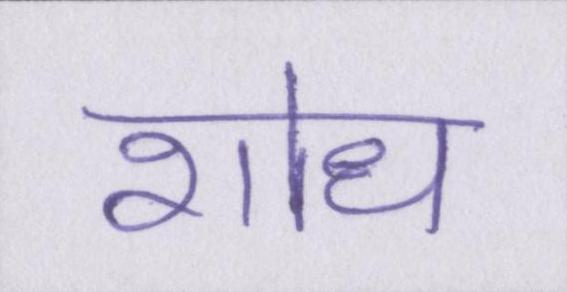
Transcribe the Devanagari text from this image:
शोध